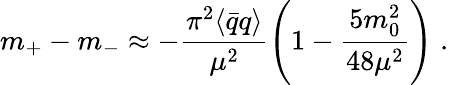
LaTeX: m_{+}-m_{-}\approx-\frac{\pi^{2}\langle\bar{q}{q}\rangle}{\mu^{2}}\left(1-\frac{5m_{0}^{2}}{48\mu^{2}}\right)\; .